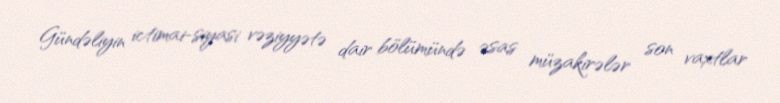
Gündəliyin ictimai-siyasi vəziyyətə dair bölümündə əsas müzakirələr son vaxtlar